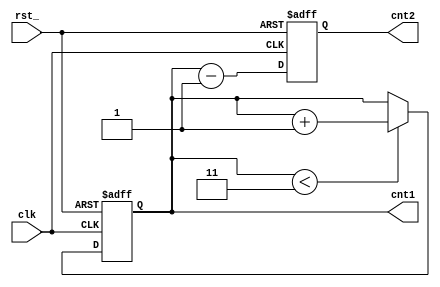
module asyn_rst (clk, rst_, cnt1, cnt2);

input        clk;
input        rst_;
output [4:0] cnt1 , cnt2;
reg    [4:0] cnt1 , cnt2;


always @ (posedge clk or negedge rst_)
   if (!rst_)
      begin
        cnt1 <= 4'b0;
        cnt2 <= 4'b0;
      end
   else
      begin
        if (cnt1 < 2'b11)
            cnt1 <= cnt1 + 1;
        else
            cnt1 <= cnt1;                
        cnt2 <= cnt1 - 1;      
      end


endmodule